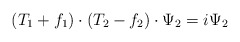
\begin{align*}(T_1+f_1)\cdot (T_2-f_2)\cdot \Psi_2=i\Psi_2\end{align*}